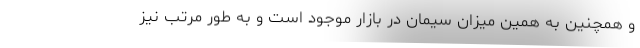
و همچنین به همین میزان سیمان در بازار موجود است و به طور مرتب نیز